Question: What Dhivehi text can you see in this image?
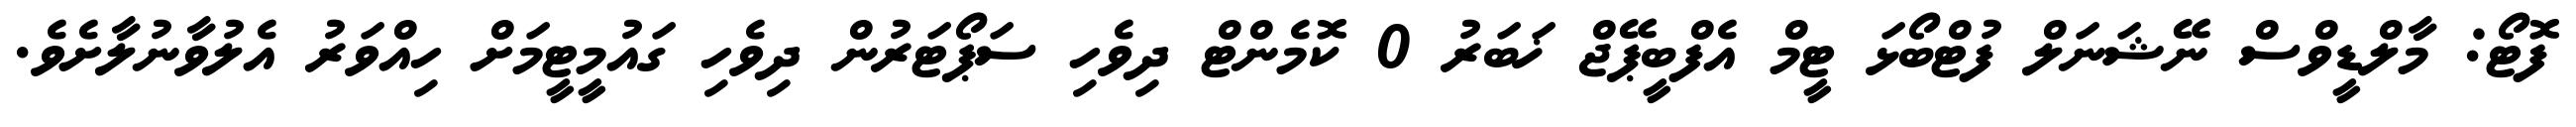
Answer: ފޮޓޯ: މާލްޑީވްސް ނޭޝަނަލް ފުޓްބޯޅަ ޓީމް އެފްބީޕޭޖް ޚަބަރު 0 ކޮމެންޓް ދިވެހި ސަޕޯޓަރުން ދިވެހި ގައުމީޓީމަށް ހިއްވަރު އެލުވާނުލާށެވެ.